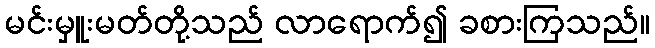
မင်းမှူးမတ်တို့သည် လာရောက်၍ ခစားကြသည်။